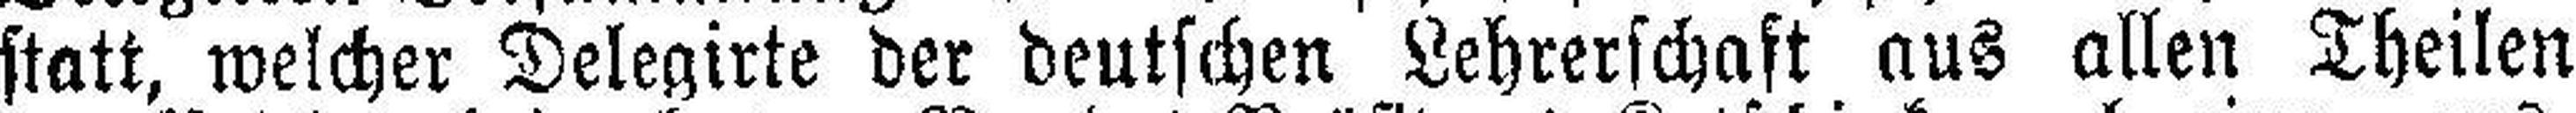
statt, welcher Delegirte der deutschen Lehrerschaft aus allen Theilen